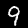
Label: 9